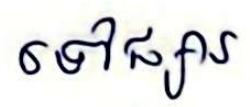
ទៅផ្សារ